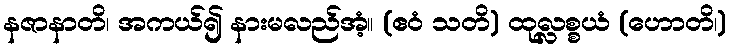
နဇာနာတိ၊ အကယ်၍ နားမလည်အံ့။ (ဧဝံ သတိ) ထုလ္လစ္စယံ (ဟောတိ၊)